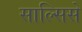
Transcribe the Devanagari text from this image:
साल्सिसे